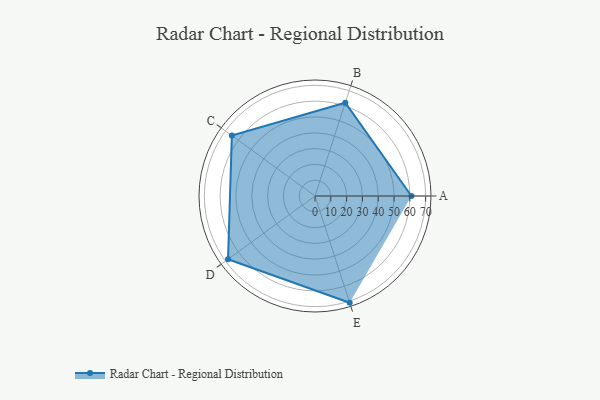
{"axis": {"x": "Skill", "y": "Score"}, "legend": ["Profile"], "data": [{"x": "A", "y": 61.0, "type": "Profile"}, {"x": "B", "y": 62.0, "type": "Profile"}, {"x": "C", "y": 65.0, "type": "Profile"}, {"x": "D", "y": 68.0, "type": "Profile"}, {"x": "E", "y": 71.0, "type": "Profile"}]}